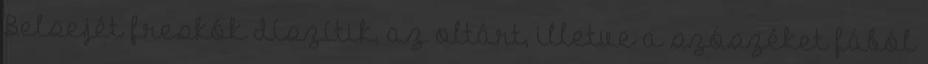
Belsejét freskók díszítik, az oltárt, illetve a szószéket fából